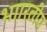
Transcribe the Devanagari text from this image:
भाारतीय